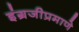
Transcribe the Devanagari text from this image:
इंग्रजीप्रमाणे